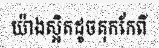
យ៉ាងស្អិតដូចតុកកែពី